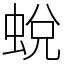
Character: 蛻